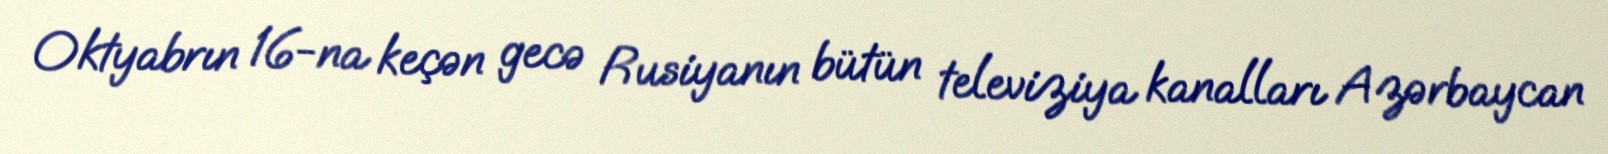
Oktyabrın 16-na keçən gecə Rusiyanın bütün televiziya kanalları Azərbaycan